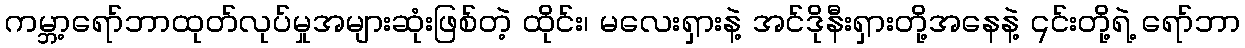
ကမ္ဘာ့ရော်ဘာထုတ်လုပ်မှုအများဆုံးဖြစ်တဲ့ ထိုင်း၊ မလေးရှားနဲ့ အင်ဒိုနီးရှားတို့အနေနဲ့ ၎င်းတို့ရဲ့ ရော်ဘာ